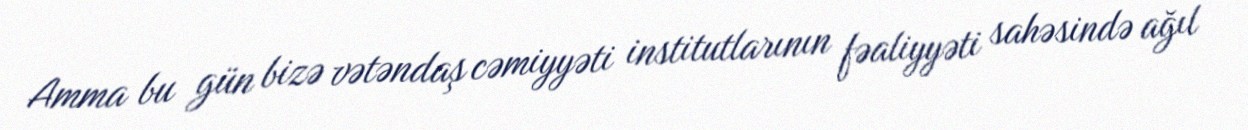
Amma bu gün bizə vətəndaş cəmiyyəti institutlarının fəaliyyəti sahəsində ağıl